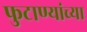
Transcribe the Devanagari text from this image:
फुटाण्यांच्या